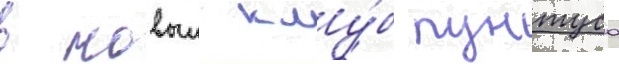
в новыи клу́б пунтуса